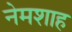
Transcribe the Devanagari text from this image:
नेमशाह